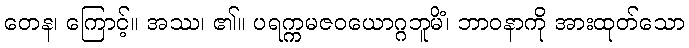
တေန၊ ကြောင့်။ အဿ၊ ၏။ ပရက္ကမဇဝယောဂ္ဂဘူမိံ၊ ဘာဝနာကို အားထုတ်သော